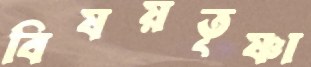
বিষয়তৃষ্ণা